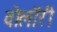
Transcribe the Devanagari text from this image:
वोलॉरी